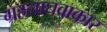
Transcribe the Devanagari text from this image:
ग्रहलाघवाकार